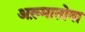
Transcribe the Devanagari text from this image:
अख़्मातोवा